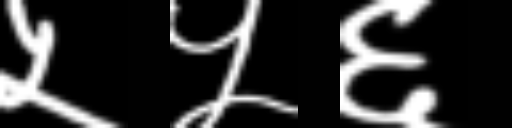
Text: ५५६